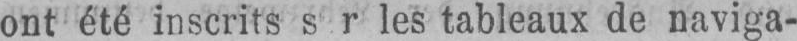
ont été inscrits s r les tableaux de naviga-